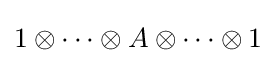
1\otimes \cdots \otimes A\otimes \cdots \otimes 1